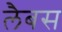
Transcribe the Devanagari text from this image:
लैबस